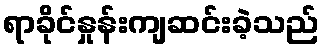
ရာခိုင်နှုန်းကျဆင်းခဲ့သည်